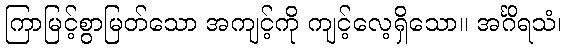
ကြာမြင့်စွာမြတ်သော အကျင့်ကို ကျင့်လေ့ရှိသော။ အင်္ဂိရသံ၊